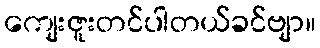
ကျေးဇူးတင်ပါတယ်ခင်ဗျာ။